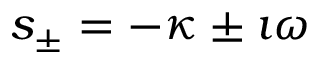
s _ { \pm } = - \kappa \pm \imath \omega